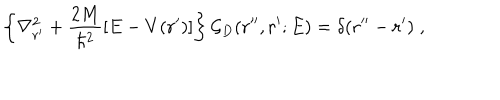
\left\{ \nabla _ { \bf r ^ { \prime } } ^ { 2 } + \frac { 2 M } { \hbar ^ { 2 } } \left[ E - V ( { \bf r ^ { \prime } } ) \right] \right\} { \mathcal G } _ { D } ( { \bf r ^ { \prime \prime } } , { \bf r ^ { \prime } } ; E ) = \delta ( { \bf r ^ { \prime \prime } } - { \bf r ^ { \prime } } ) \; ,